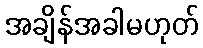
အချိန်အခါမဟုတ်